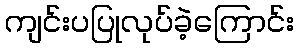
ကျင်းပပြုလုပ်ခဲ့ကြောင်း